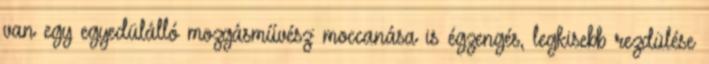
van egy egyedülálló mozgásművész: moccanása is égzengés, legkisebb rezdülése